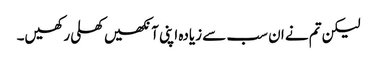
لیکن تم نے ان سب سے زیادہ اپنی آنکھیں کھلی رکھیں۔